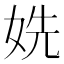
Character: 姺